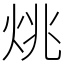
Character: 烑